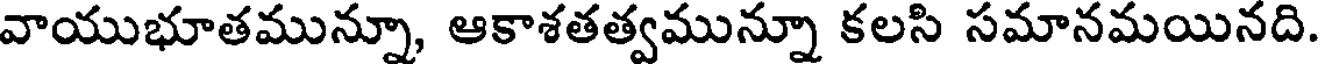
వాయుభూతమున్నూ, ఆకాశతత్వమున్నూ కలసి సమానమయినది.